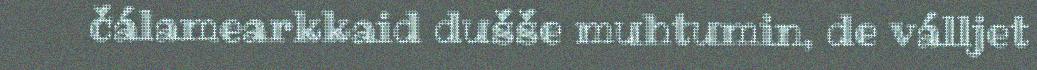
čálamearkkaid dušše muhtumin, de válljet